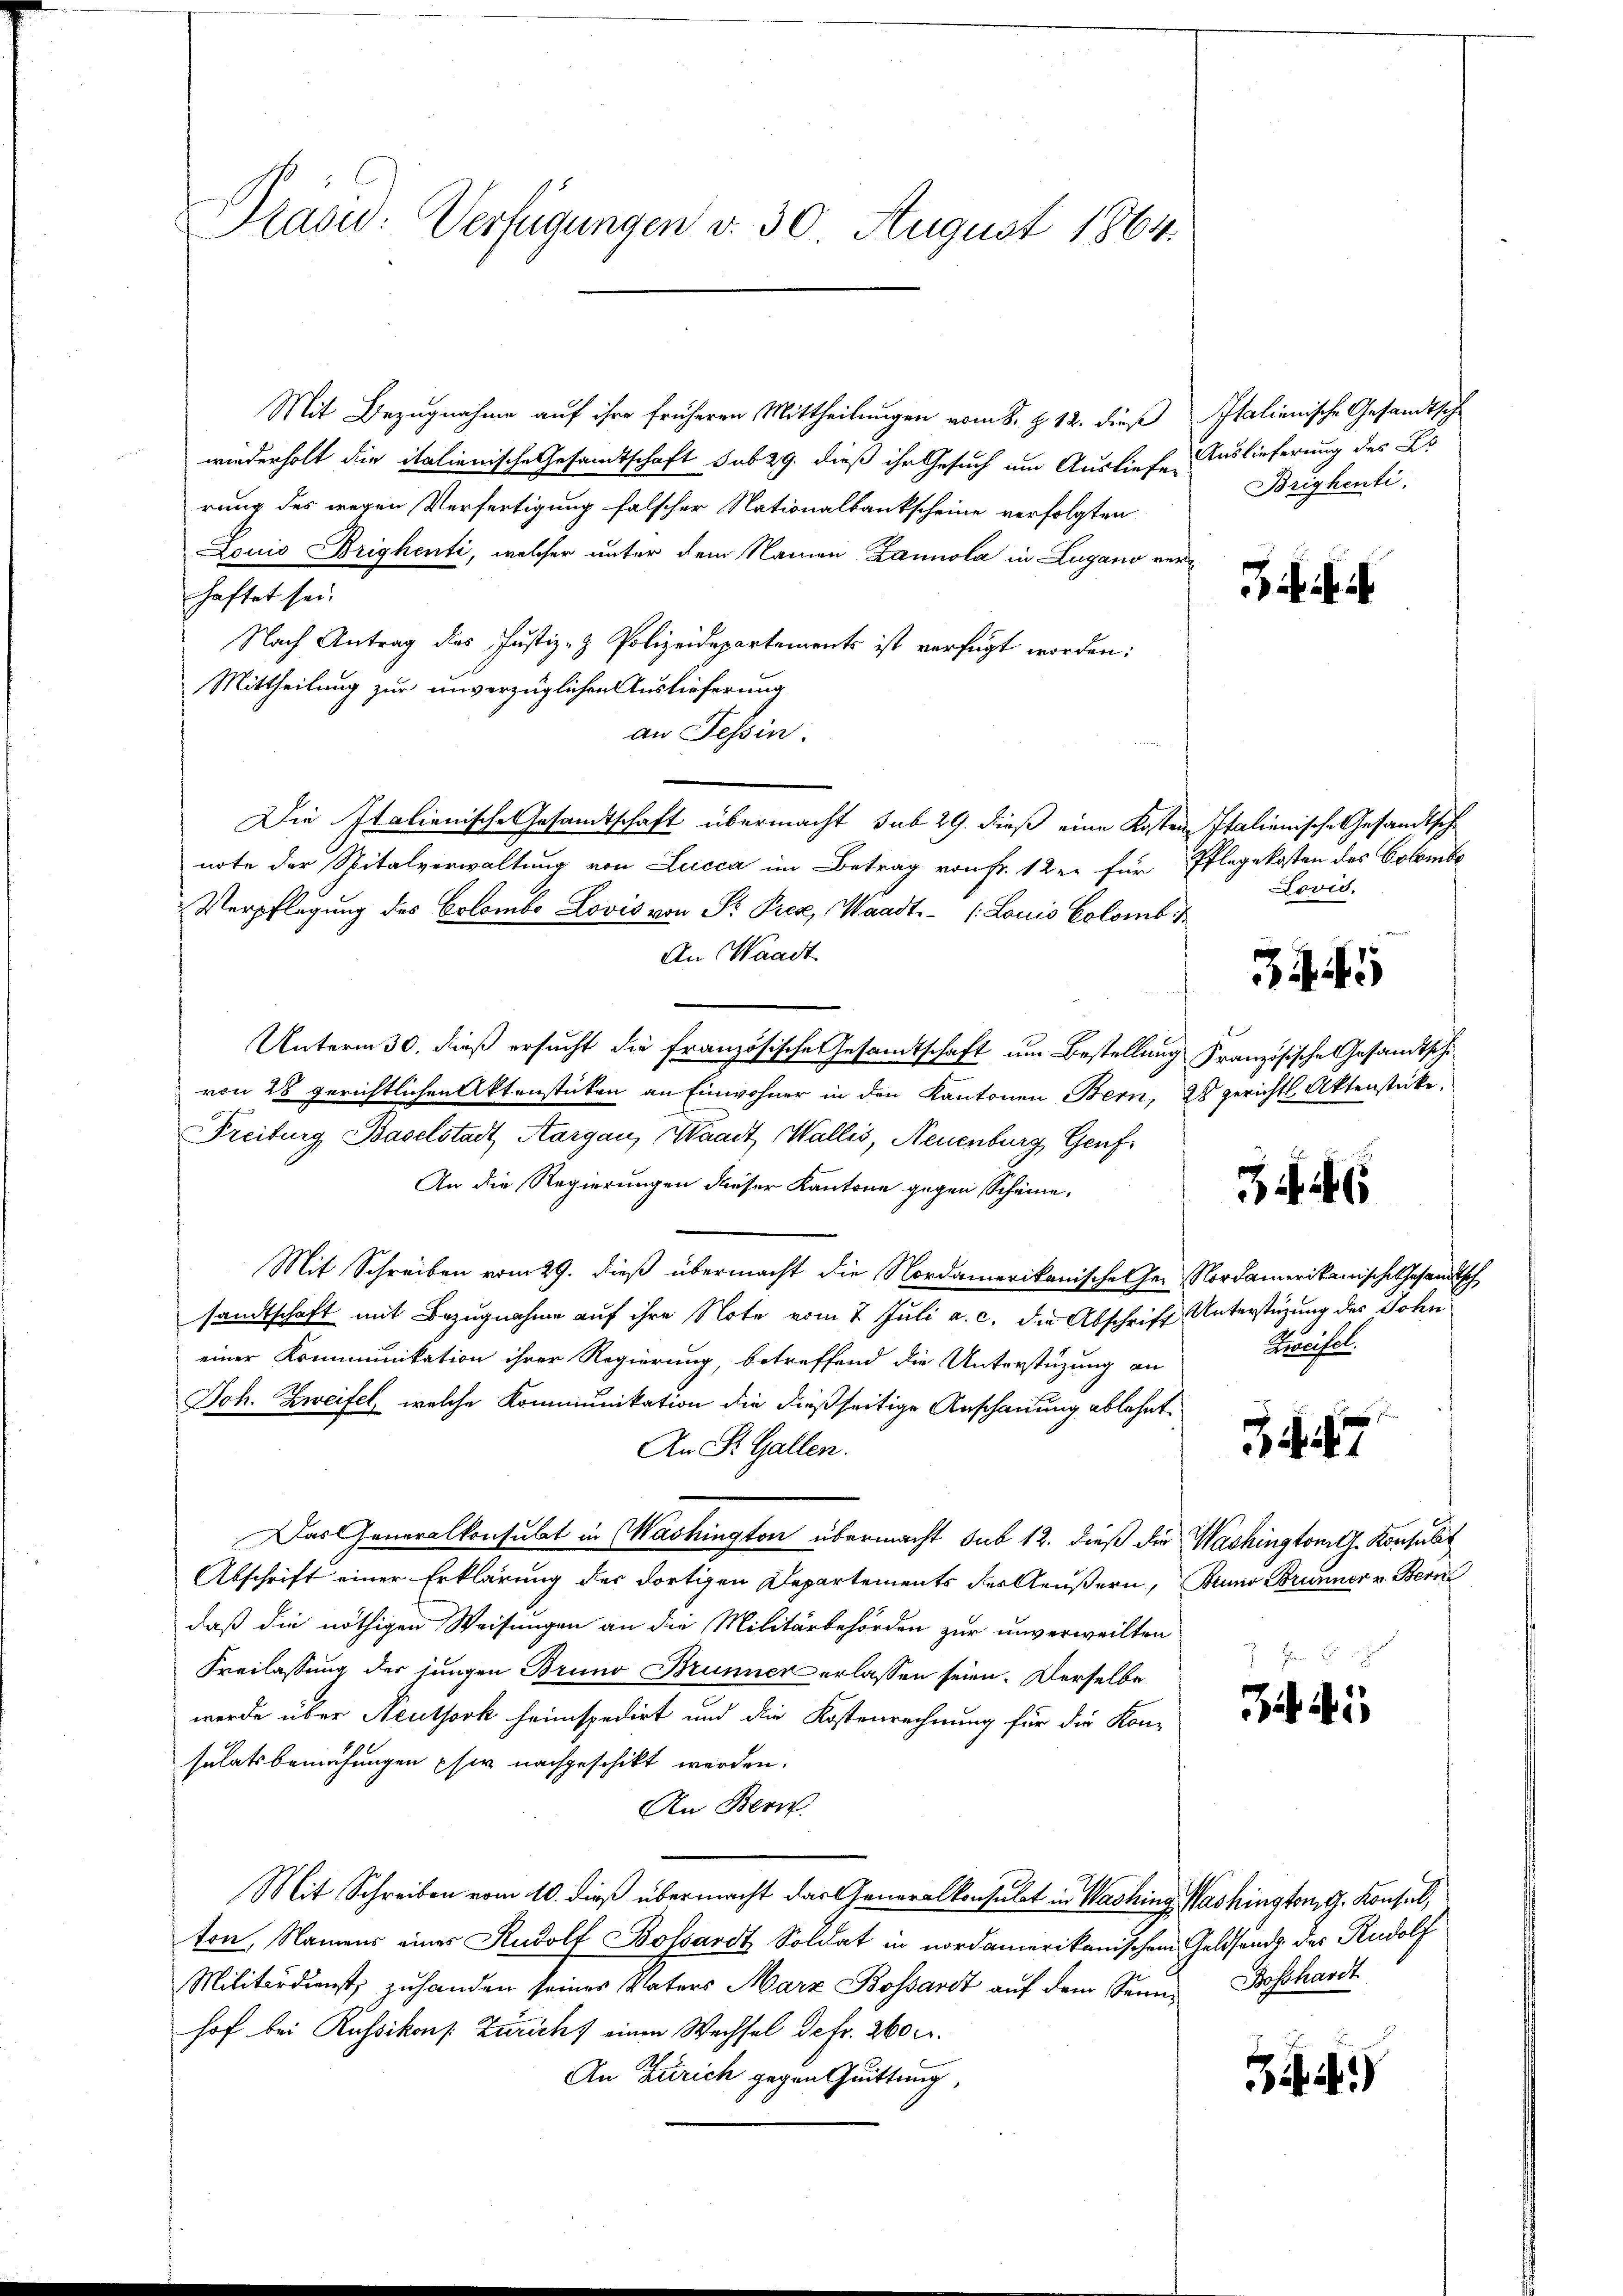
Präsid. Verfügungen v. 30 August 1864.

Mit Bezugnahme auf ihre früheren Mittheilungen vom 8. Z. 12. dieß Italienische Gesandtsche
wiederholt die italienische Gesamtschaft sub 29. dieß ihr Gesuch um Ausliefen Auslieferung des Es
rung des wegen Verfertigung falscher Nationalbankscheine verfolgten
Louis Brighenti, welcher unter dem Namen Zannola in Lugano verhaftet sei.
Nach Antrag des Justiz- & Polizeidepartements ist verfügt worden:
Mittheilung zur unverzüglichen Auslieferung
an Tessin
Die Italienische Gesandtschaft übermacht sub 29. dieß eine Kosten Italienische Gesandtsche
note der Spitalverwaltung von Lucca im Betrag von Fr. 12 er für Pflegekosten des Colombe
Verpflegung des Colombo Lovis von St. Prez, Waadt - 1. Louis Colomb. 1
An Waadt
Unterm 30. dieß ersucht die französische Gesamtschaft um Bestellung französische Gesandtsche
von 28 gerichtlichen Aktenstücken an Einwohner in den Kantonen Bern, 28 gerichtl. Aktenstücke,
Freiburg Baselstadt Aargau, Waadt Wallis, Neuenburg, Genf
An die Regierungen dieser Kantone gegen Scheine.
Mit Schreiben vom 29. dieß übermacht die Nordamerikanische Her Nordamerikanischehesandtsch
sandtschaft mit Bezugnahme auf ihre Note vom 7 Juli a. c. die Abschrift Unterstüzung des John
einer Kommunikation ihrer Regierung, betreffend die Unterstüzung an
Joh. Zweifel, welche Kommunikation die dießseitige Anschauung ablehnt.
An St. Gallen.
Das Generalkonsubt in Washington übermacht sub 12. dieß die Washingtonig Konsulat
Abschrift einer Erklärung des dortigen Departements der Aeußern, Bruno Brunner v. Bern
daß die nöthigen Weisungen an die Militärbehörden zur unverweilten
Freilassung der jungen Bruno Brunner erlassen seien. Derselbe
werde über Neuthork heimspedirt und die Kostenrechnung für die Kon-
sulatsbemühungen pfer nachgeschikt werden.
An Bern.
Mit Schreiben vom 10. dieß übermacht das Generalkonsulat in Washing, Washington dh. Konsul,
ton, Namens einer Rudolf Bossardt Soldat in nordamerikanischen Geldsend des Rudolf
Militärdienst zuhanden seines Vaters Marz Bossardt auf dem Senn Bosshardt
hof bei Russikons Züricht einen Wechsel de fr. 260 f.
An Zürich gegen Quittung,

Brighenti.

. .

Lovid.

4

Reifel.

3

Bii)